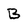
Character: B